Report on inoculation in the plague infected areas of the Punjab and its dependencies from October 1900 to September 1901
Year: 1900
Disease focus: Plague
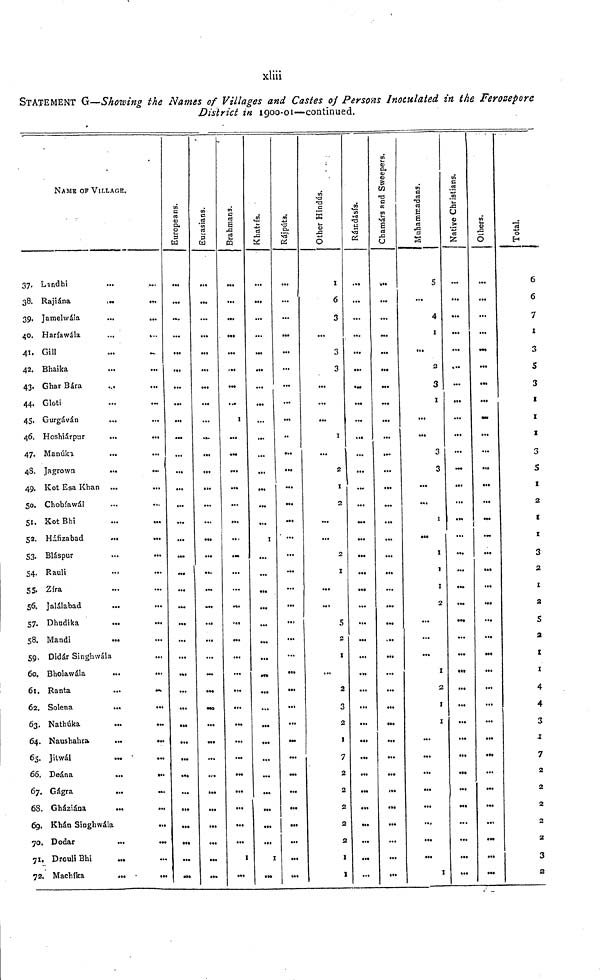
xliii
STATEMENT G—Showing the Names of Villages and Castes of Persons Inoculated in the Ferozepore
District in 1900-01—continued.
37.
38.
39.
40.
41.
42.
43.
44.
45.
46.
47.
48.
49.
50.
51.
52.
53.
54.
55.
56.
57.
58.
59.
60.
61.
62.
63.
64.
65.
66.
67.
68.
69.
70.
71.
72
NAME OF VILLAGE.
Landhi
Rajiána
Jamelwála
Haríawála.
...
...
Gill
Bhaika
Ghar Bára
Gloti
Gurgáván
...
...
Hoshiárpur
...
...
Manúka
Jagrown
Kot Esa Khan
Chobíawál
Kot Bhi
Háfizabad
Bláspur
Rauli
Zíra
Jalálabad
Dhudika
...
...
Mandi
...
Didár Singhwála
Bholawála
...
...
Ranta
...
Solena
...
Nathúka
...
...
Naushahra
...
...
Jitwál
Deána
...
...
Gágra
...
Gháziána
Khán Singhwála
...
Dodar
...
...
Drouli Bhi
...
Machíka
Europeans
...
.».
...
Eurasians.
...
...
...
Brahmans.
1
...
...
1
Khatrís
...
1
1
Rájputs.
...
...
...
...
...
Other Hindús.
1
6
3
...
3
3
...
1
...
2
1
2
2
1
5
2
1
...
2
3
2
1
7
2
2
2
2
2
1
1
Rámdásís.
...
...
...
...
...
...
...
.»
...
...
...
...
...
...
...
...
...
...
...
Chamárs and Sweepers.
...
...
...
...
...
...
...
...
...
...
...
...
...
...
...
».
.>.
...
...
...
...
Muhammadans.
S
4
1
...
2
3
1
...
...
3
3
...
1
1
1
1
2
...
...
1
2
1
1
...
...
...
...
...
...
...
...
1
Native Christians.
...
...
...
...
...
...
...
...
...
...
...
...
...
...
...
...
...
...
...
...
...
...
...
...
...
...
...
Others.
...
...
...
...
...
...
...
...
...
...
...
...
...
...
...
...
...
...
...
...
...
...
...
...
..,
...
...
...
Total.
6
6
7
1
3
5
3
1
z
1
3
5
1
2
1
1
3
2
1
2
5
2
1
1
4
4
3
7
2
2
2
2
2
3
2